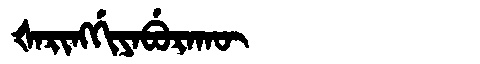
Manchu: ᡧᠠᡵᡳᠩᡤᡳᠶᠠᠪᡠᡵᠠᡴᡡ
Romanization: ŠARINGGIYABURAKŪ